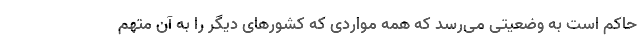
حاکم است به وضعیتی می‌رسد که همه مواردی که کشورهای دیگر را به آن متهم